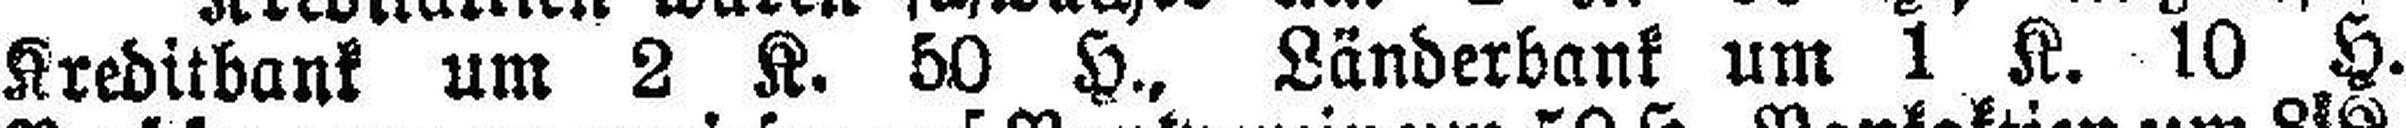
Kreditbank um 2 K. 50 H., Länderbank um 1 K. 10 H.